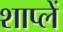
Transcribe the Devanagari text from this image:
शाप्लें